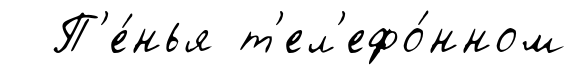
П'е́нья т'ел'ефо́нном